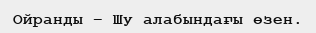
Ойранды – Шу алабындағы өзен.